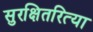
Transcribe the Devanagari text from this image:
सुरक्षितरित्या